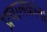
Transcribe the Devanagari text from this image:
प्रचालकांना